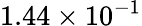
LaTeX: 1.44\times 10^{-1}